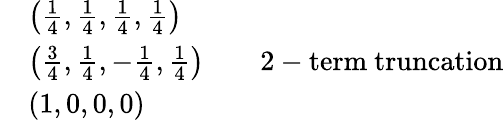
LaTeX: {\begin{array}{rl}&{\left({\frac{1}{4}},{\frac{1}{4}},{\frac{1}{4}},{\frac{1}{4}}\right)}\\ &{\left({\frac{3}{4}},{\frac{1}{4}},-{\frac{1}{4}},{\frac{1}{4}}\right)\qquad{\mathrm{2-term~truncation}}}\\ &{\left(1,0,0,0\right)}\end{array}}